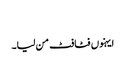
‏
ایہنوں فٹافٹ من لیا۔